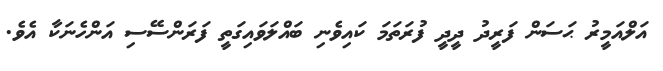
އަލްއަމީރު ޙަސަން ފަރީދު ދީދީ ފުރަތަމަ ކައިވެނި ބައްލަވައިގަތީ ފަރަންސޭސި އަންހެނަކާ އެވެ.